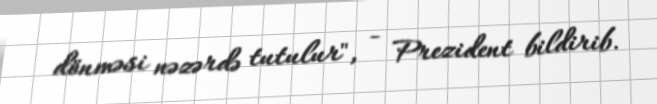
dönməsi nəzərdə tutulur", - Prezident bildirib.